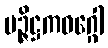
မဉ္ဇိဋ္ဌကဝဂ္ဂေါ